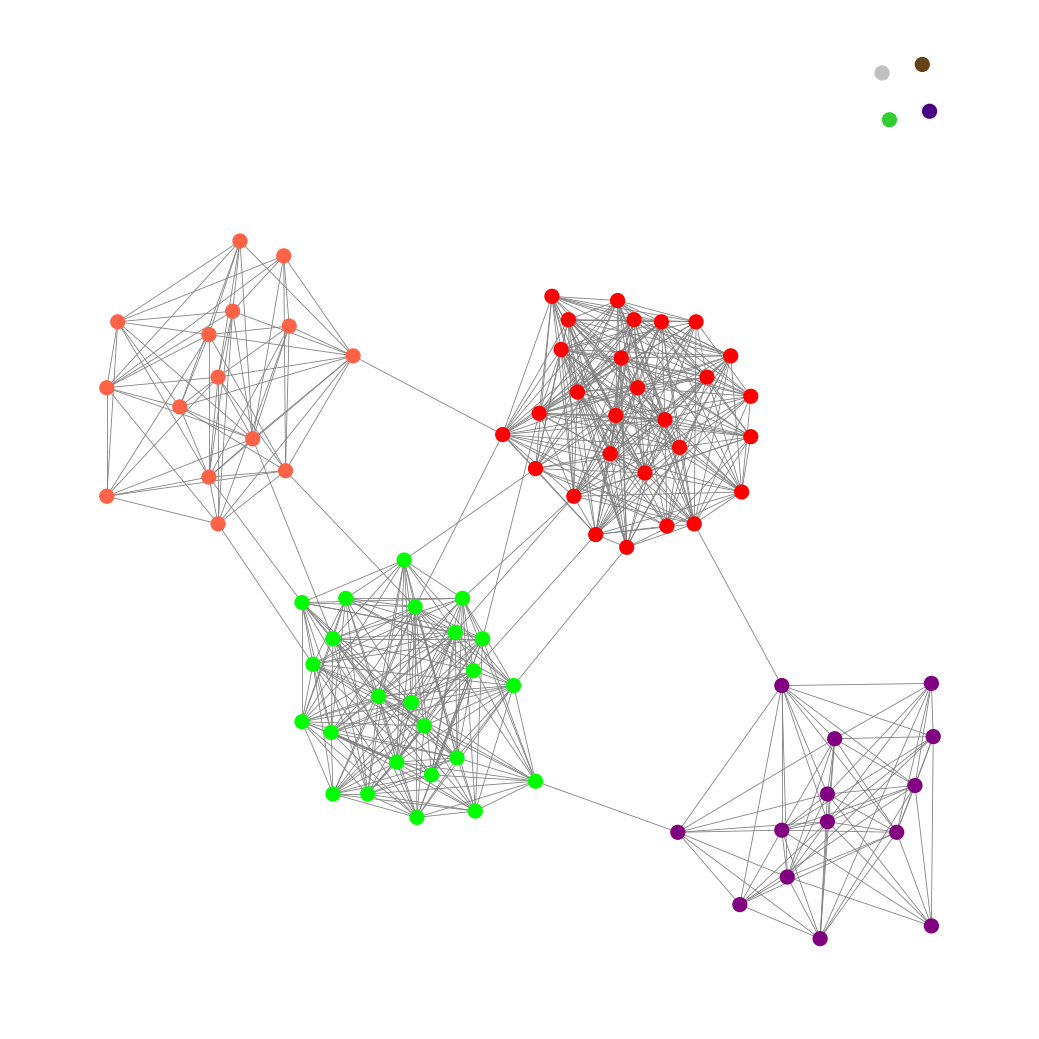
Graph connected: No
Number of connected components: 5
Number of singletons: 4
Total number of nodes: 85
Total number of edges: 607
Number of communities: 8
Community sizes:
Indigo: 1
Lime: 24
Lime Green: 1
Pullman Brown: 1
Purple: 14
Red: 28
Silver: 1
Tomato: 15
Graph layout: tda
Graph generation method: erdos_renyi